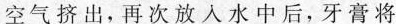
空气挤出，再次放入水中后，牙膏将